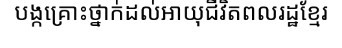
បង្កគ្រោះថ្នាក់ដល់អាយុជីវិតពលរដ្ឋខ្មែរ